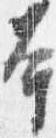
本